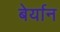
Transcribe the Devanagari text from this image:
बेर्यान